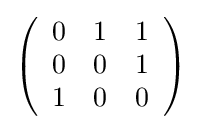
{\textstyle \left({\begin{array}{ccc}0&1&1\\0&0&1\\1&0&0\\\end{array}}\right)}